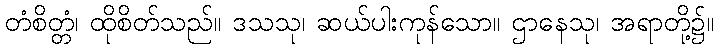
တံစိတ္တံ၊ ထိုစိတ်သည်။ ဒသသု၊ ဆယ်ပါးကုန်သော။ ဌာနေသု၊ အရာတို့၌။